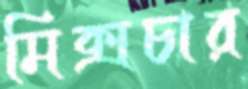
মিক্সচার